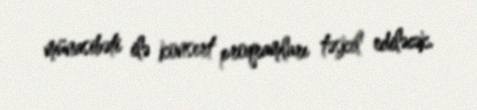
münasibəti ilə konsert proqramları təşkil ediləcək.